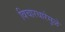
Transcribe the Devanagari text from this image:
विचारधारेमुळे